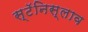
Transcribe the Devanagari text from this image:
स्टॅनिस्लाव